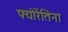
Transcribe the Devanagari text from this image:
फ्योरेंतिना